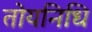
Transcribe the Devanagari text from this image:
तोयनिधि